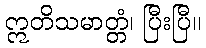
ဣတိသမာတ္တံ၊ ပြီးပြီ။